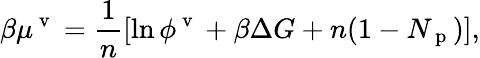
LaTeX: \beta\mu^{\mathrm{~v~}}=\frac{1}{n}[\ln\phi^{\mathrm{~v~}}+\beta\Delta G+n(1-N_{\mathrm{~p~}})],